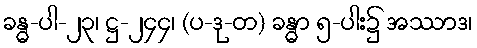
ခန္ဓ-ပါ-၂၃၊ ဋ္ဌ-၂၄၄၊ (ပ-ဒု-တ) ခန္ဓာ ၅-ပါး၌ အဿာဒ၊